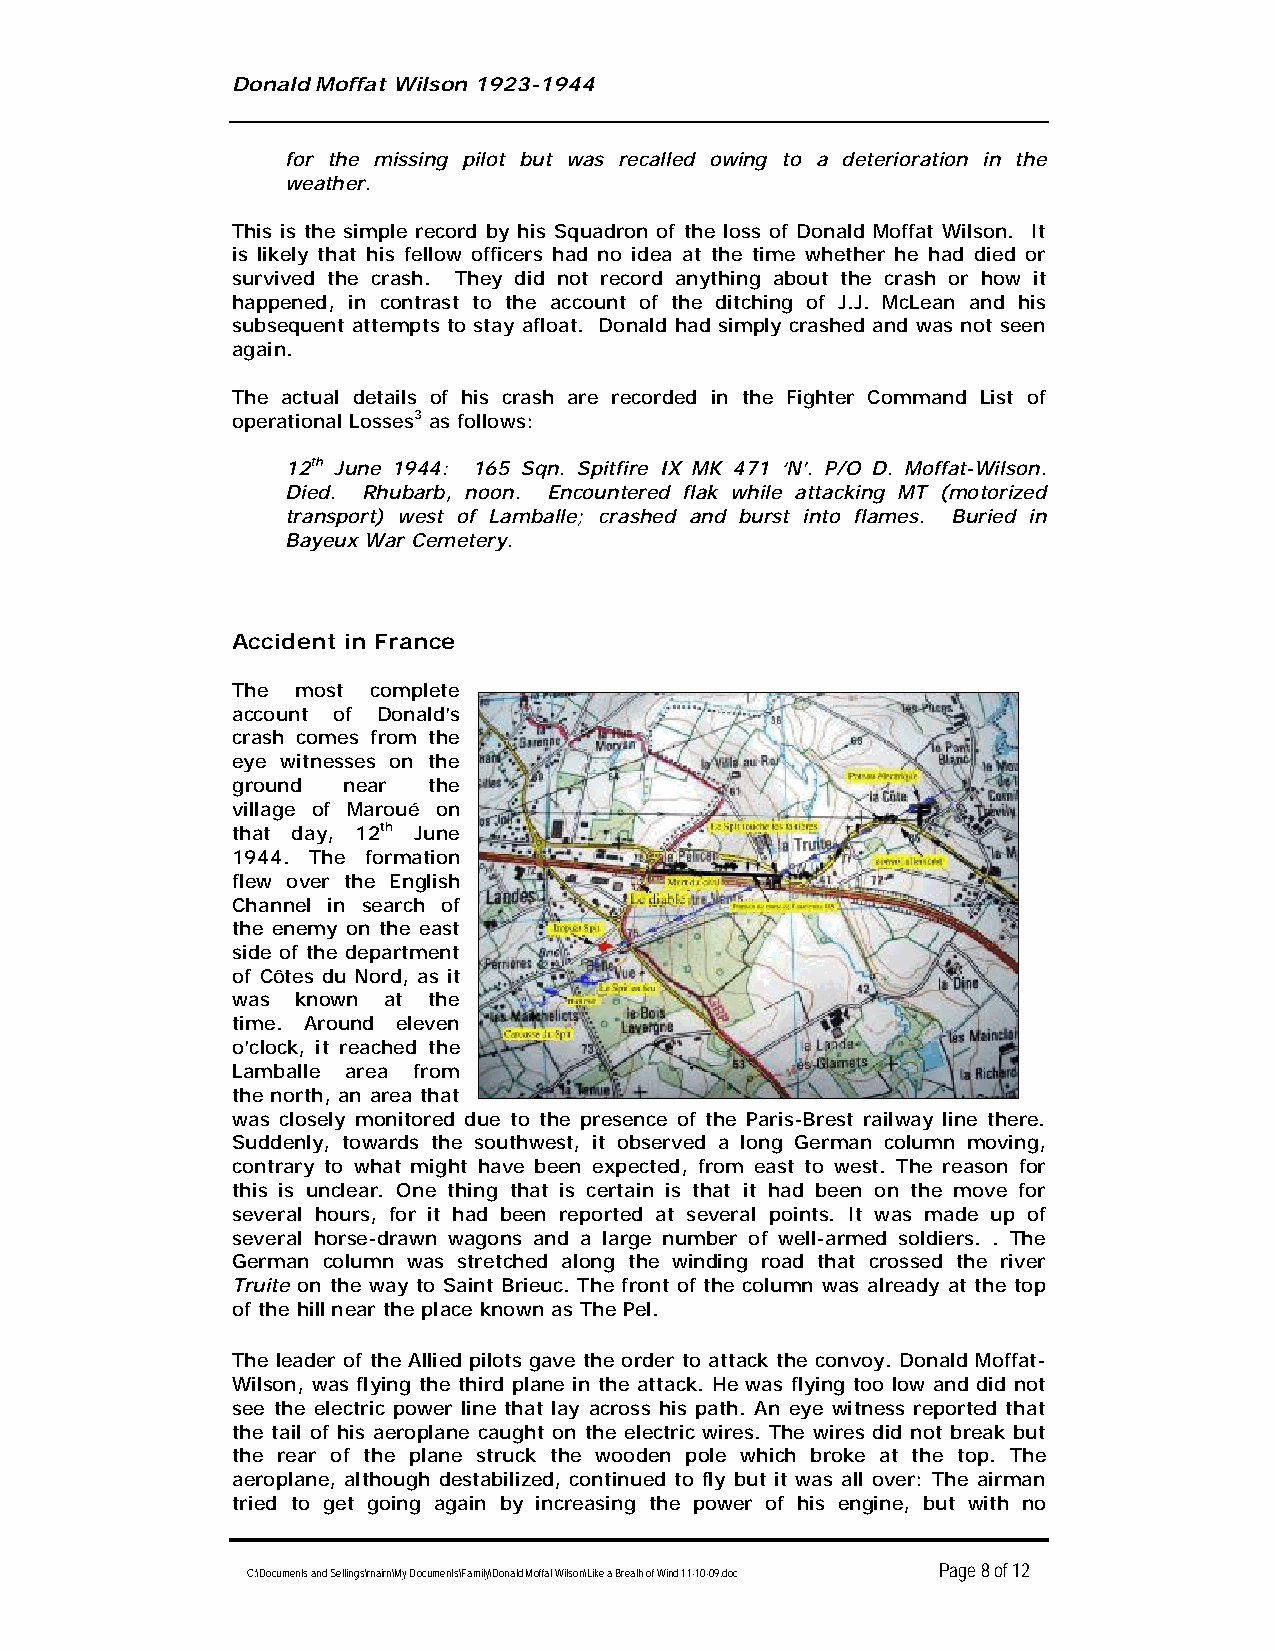
Donald Moffat Wilson 1923-1944
 for the missing pilot but was recalled owing to a deterioration in the
 weather.
 This is the simple record by his Squadron of the loss of Donald Moffat Wilson. It
 is likely that his fellow officers had no idea at the time whether he had died or
 survived the crash. They did not record anything about the crash or how it
 happened, in contrast to the account of the ditching of J.J. McLean and his
 subsequent attempts to stay afloat. Donald had simply crashed and was not seen
 again.
 The actual details of his crash are recorded in the Fighter Command List of
 operational Losses3 as follows:
 12th June 1944: 165 Sqn. Spitfire IX MK 471 ‘N’. P/O D. Moffat-Wilson.
 Died. Rhubarb, noon. Encountered flak while attacking MT (motorized
 transport) west of Lamballe; crashed and burst into flames. Buried in
 Bayeux War Cemetery.
 Accident in France
 The most complete
 account of Donald’s
 crash comes from the
 eye witnesses on the
 ground near the
 village of Maroué on
 that day, 12 th June
 1944. The formation
 flew over the English
 Channel in search of
 the enemy on the east
 side of the department
 of Côtes du Nord, as it
 was known at the
 time. Around eleven
 o’clock, it reached the
 Lamballe area from
 the north, an area that
 was closely monitored due to the presence of the Paris-Brest railway line there.
 Suddenly, towards the southwest, it observed a long German column moving,
 contrary to what might have been expected, from east to west. The reason for
 this is unclear. One thing that is certain is that it had been on the move for
 several hours, for it had been reported at several points. It was made up of
 several horse-drawn wagons and a large number of well-armed soldiers. . The
 German column was stretched along the winding road that crossed the river
 Truite on the way to Saint Brieuc. The front of the column was already at the top
 of the hill near the place known as The Pel.
 The leader of the Allied pilots gave the order to attack the convoy. Donald Moffat-
 Wilson, was flying the third plane in the attack. He was flying too low and did not
 see the electric power line that lay across his path. An eye witness reported that
 the tail of his aeroplane caught on the electric wires. The wires did not break but
 the rear of the plane struck the wooden pole which broke at the top. The
 aeroplane, although destabilized, continued to fly but it was all over: The airman
 tried to get going again by increasing the power of his engine, but with no
 Page 8 of 12
 C:\Documents and Settings\rnairn\My Documents\Family\Donald Moffat Wilson\Like a Breath of Wind 11-10-09.doc